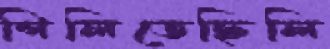
গিলিতেছিলি